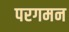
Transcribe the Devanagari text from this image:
परगमन